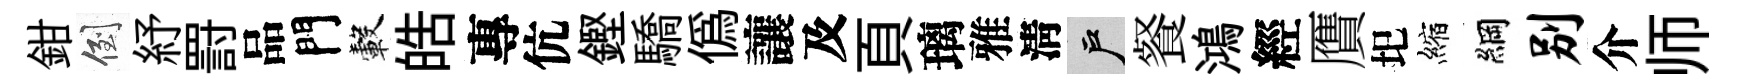
鉗倒紓罸品門轂皓專伉鏗驕偽讓及頁璃雅淸户餐鴻經贋圯縮綱别介师